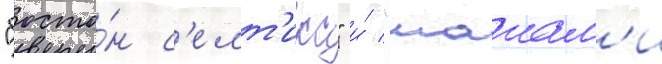
"босто́н с'елт'икс" и́ "маиам'и